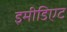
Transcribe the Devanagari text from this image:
इमीडिएट